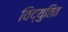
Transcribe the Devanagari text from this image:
विद्युतित